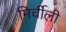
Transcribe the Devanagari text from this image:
मिर्चीली